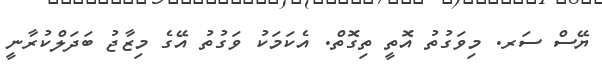
ޔޭސް ސަރ. މިވަގުތު އޮތީ ތިގޮތް. އެކަމަކު ވަގުތު އޭގެ މިޒާޖު ބަދަލްކުރާނީ